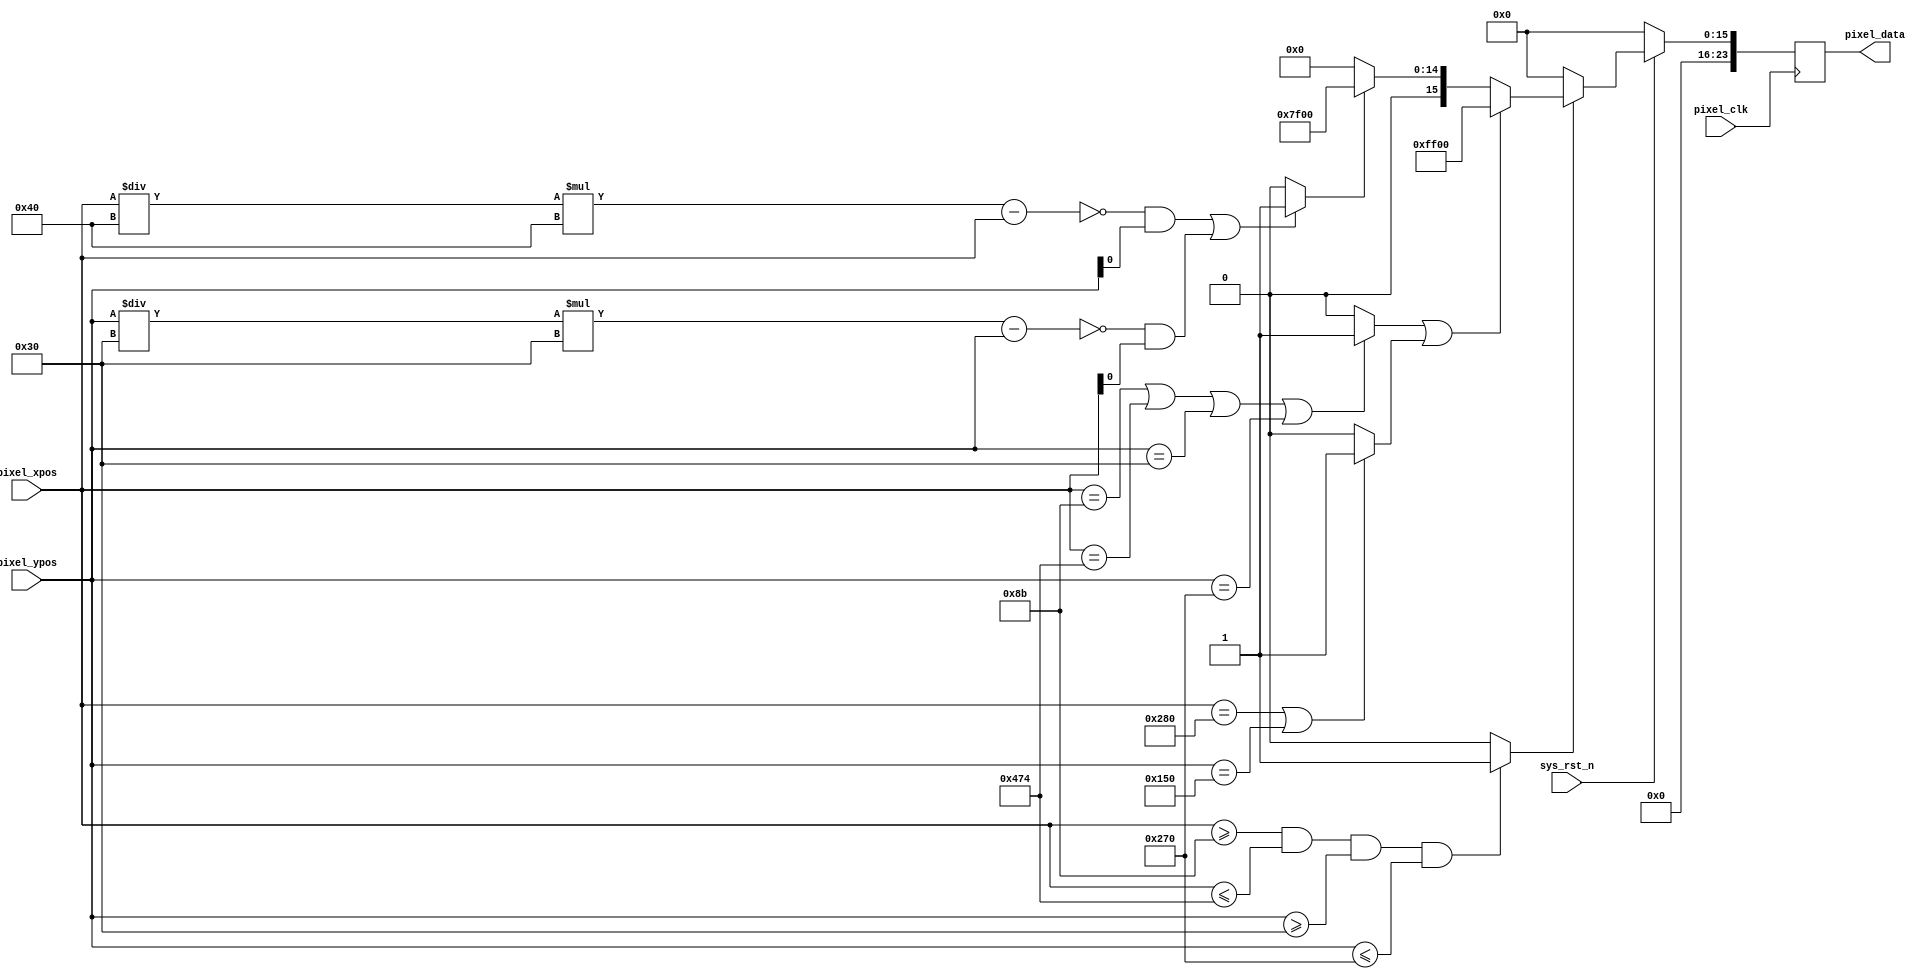
//****************************************Copyright (c)***********************************//
//www.yuanzige.com
//www.openedv.com
//http://openedv.taobao.com 
//""ZYNQ & FPGA & STM32 & LINUX
//
//Copyright(C)  2018-2028
//All rights reserved
//----------------------------------------------------------------------------------------
// File name:           video_display
// Last modified Date:  2019/7/1 9:30:00
// Last Version:        V1.1
// Descriptions:        
//----------------------------------------------------------------------------------------
// Created by:          
// Created date:        2019/7/1 9:30:00
// Version:             V1.0
// Descriptions:        The original version
//
//----------------------------------------------------------------------------------------
//****************************************************************************************//

module  video_display(
    input                pixel_clk,
    input                sys_rst_n,
    
    input        [10:0]  pixel_xpos,  //
    input        [10:0]  pixel_ypos,  //
    output  reg  [23:0]  pixel_data   //
);

//parameter define
parameter  H_DISP = 11'd1280;                       //
parameter  V_DISP = 11'd720;                        //

localparam WHITE  = 24'b11111111_11111111_11111111;  //RGB888 
localparam BLACK  = 24'b00000000_00000000_00000000;  //RGB888 
localparam RED    = 24'b11111111_00001100_00000000;  //RGB888 
localparam GREEN  = 24'b00000000_11111111_00000000;  //RGB888 
localparam Green  = 24'b00000000_01111111_00000000;  //
localparam BLUE   = 24'b00000000_00000000_11111111;  //RGB888 

// wire
wire display_region;    // 
wire edge_region;       // 
    
//*****************************************************
//**                    main code
//*****************************************************

// 
assign display_region = ((pixel_xpos >= 140 - 1) && (pixel_xpos <= 1280 - 140) && (pixel_ypos >= 48) && (pixel_ypos <= 624)) ? 1'b1 : 1'b0;
// 
assign edge_region = ((pixel_xpos == 140 - 1) || (pixel_xpos == 1280 - 140) || (pixel_ypos == 48) || (pixel_ypos == 624)) ? 1'b1 : 1'b0;
// 
assign axis_region = ((pixel_xpos == 640) || (pixel_ypos == 336)) ? 1'b1 : 1'b0;
// 
assign grid_region = ((((( pixel_xpos / 64 ) * 64 - pixel_xpos) == 0) && (pixel_ypos[0])) || ((((pixel_ypos / 48) * 48 - pixel_ypos) == 0) && (pixel_xpos[0]))) ? 1'b1 : 1'b0;

//
always @(posedge pixel_clk ) begin
    if (!sys_rst_n)
        pixel_data <= 16'd0;
    else begin
        if(display_region) begin
            if(edge_region || axis_region) begin
                pixel_data <= GREEN;
            end
            else if(grid_region) begin
                pixel_data <= Green;
            end
            else begin
                pixel_data <= BLACK;
            end
        end
        else begin
            pixel_data <= BLACK;
        end
    end
end

endmodule